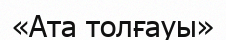
«Ата толғауы»